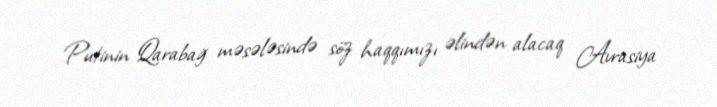
Putinin Qarabağ məsələsində söz haqqımızı əlindən alacaq Avrasiya